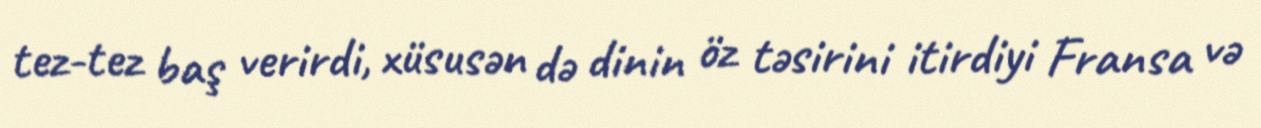
tez-tez baş verirdi, xüsusən də dinin öz təsirini itirdiyi Fransa və